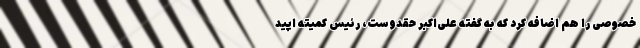
خصوصی را هم اضافه کرد که به گفته علی‌اکبر حقدوست، رئیس کمیته اپید